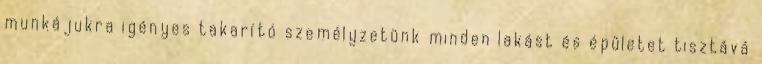
munkájukra igényes takarító személyzetünk minden lakást és épületet tisztává